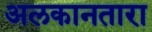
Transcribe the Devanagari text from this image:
अलकानतारा